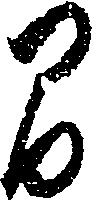
間